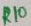
Text: R10